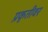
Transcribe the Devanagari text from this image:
प्रकृतीवर